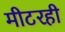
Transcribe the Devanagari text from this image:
मीटरही